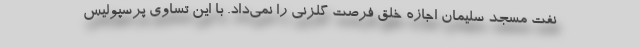
نفت مسجد سلیمان اجازه خلق فرصت گلزنی را نمی‌داد. با این تساوی پرسپولیس